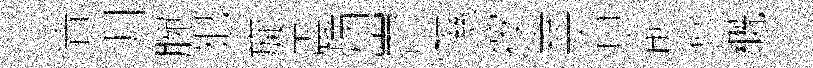
青淵腕犯旋震炳岧隰按盍盲俞亶概